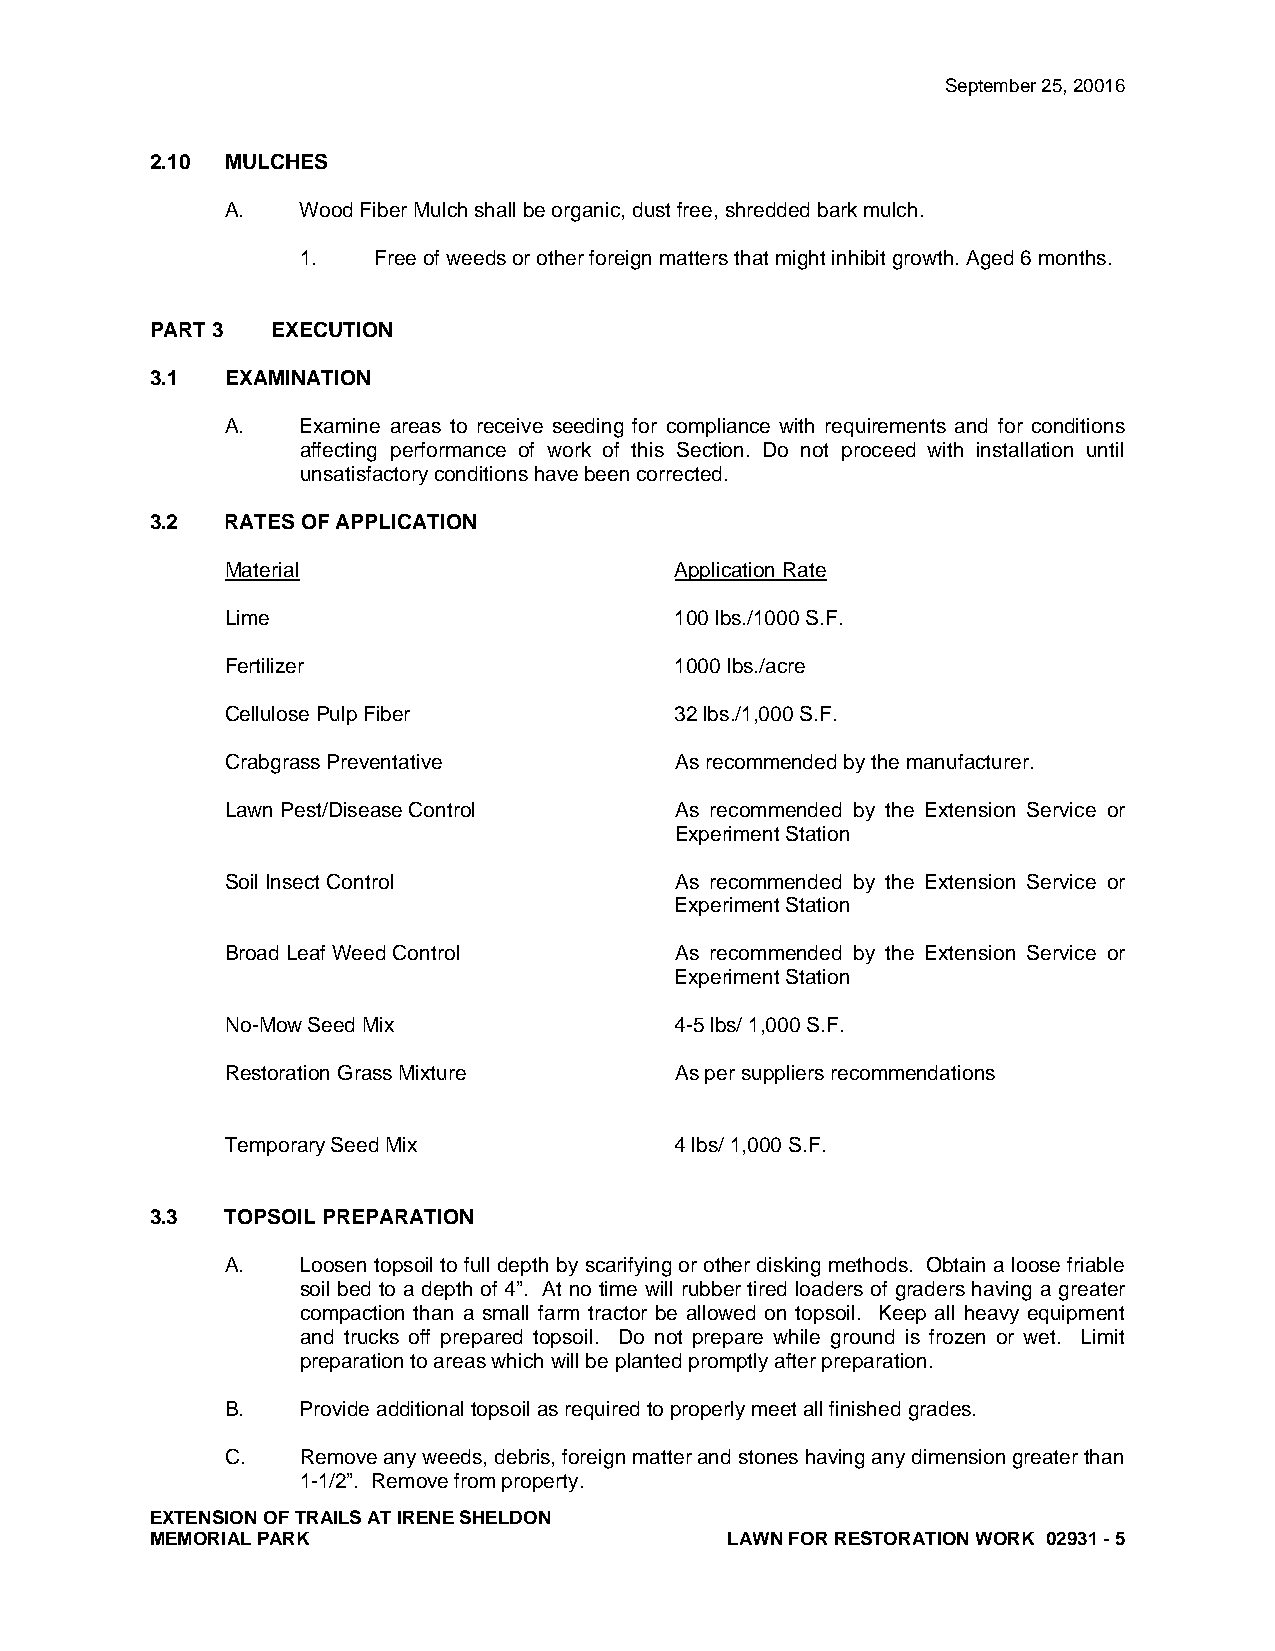
September 25, 20016
 2.10 MULCHES
 A.   Wood Fiber Mulch shall be organic, dust free, shredded bark mulch.
 1.   Free of weeds or other foreign matters that might inhibit growth. Aged 6 months.
 PART 3  EXECUTION
 3.1  EXAMINATION
 A.   Examine areas to receive seeding for compliance with requirements and for conditions
 affecting performance of work of this Section. Do not proceed with installation until
 unsatisfactory conditions have been corrected.
 3.2  RATES OF APPLICATION
 Material                      Application Rate
 Lime                          100 lbs./1000 S.F.
 Fertilizer                    1000 lbs./acre
 Cellulose Pulp Fiber          32 lbs./1,000 S.F.
 Crabgrass Preventative        As recommended by the manufacturer.
 Lawn Pest/Disease Control     As recommended by the Extension Service or
 Experiment Station
 Soil Insect Control           As recommended by the Extension Service or
 Experiment Station
 Broad Leaf Weed Control       As recommended by the Extension Service or
 Experiment Station
 No-Mow Seed Mix               4-5 lbs/ 1,000 S.F.
 Restoration Grass Mixture     As per suppliers recommendations
 Temporary Seed Mix            4 lbs/ 1,000 S.F.
 3.3  TOPSOIL PREPARATION
 A.   Loosen topsoil to full depth by scarifying or other disking methods. Obtain a loose friable
 soil bed to a depth of 4”. At no time will rubber tired loaders of graders having a greater
 compaction than a small farm tractor be allowed on topsoil. Keep all heavy equipment
 and trucks off prepared topsoil. Do not prepare while ground is frozen or wet. Limit
 preparation to areas which will be planted promptly after preparation.
 B.   Provide additional topsoil as required to properly meet all finished grades.
 C.   Remove any weeds, debris, foreign matter and stones having any dimension greater than
 1-1/2”. Remove from property.
 EXTENSION OF TRAILS AT IRENE SHELDON
 MEMORIAL PARK                         LAWN FOR RESTORATION WORK 02931 - 5